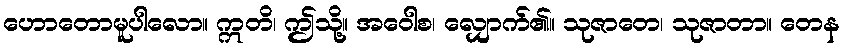
ဟောတောမူပါလော။ ဣတိ၊ ဤသို့။ အဝေါစ၊ လျှောက်၏။ သုဇာတေ၊ သုဇာတာ။ တေန